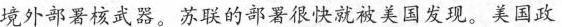
境外部署核武器。苏联的部署很快就被美国发现。美国政